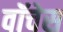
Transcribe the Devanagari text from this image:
वॉचेस